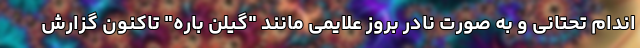
اندام تحتانی و به صورت نادر بروز علایمی مانند "گیلن باره" تاکنون گزارش